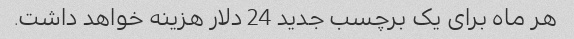
هر ماه برای یک برچسب جدید 24 دلار هزینه خواهد داشت.